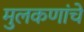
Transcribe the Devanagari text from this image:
मुलकणांचे